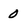
Character: O